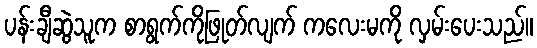
ပန်းချီဆွဲသူက စာရွက်ကိုဖြုတ်လျက် ကလေးမကို လှမ်းပေးသည်။